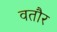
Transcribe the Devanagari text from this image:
वतौर